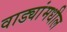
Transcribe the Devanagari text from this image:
वाड्यांमधील